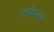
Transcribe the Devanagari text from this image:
समीपस्‍थ